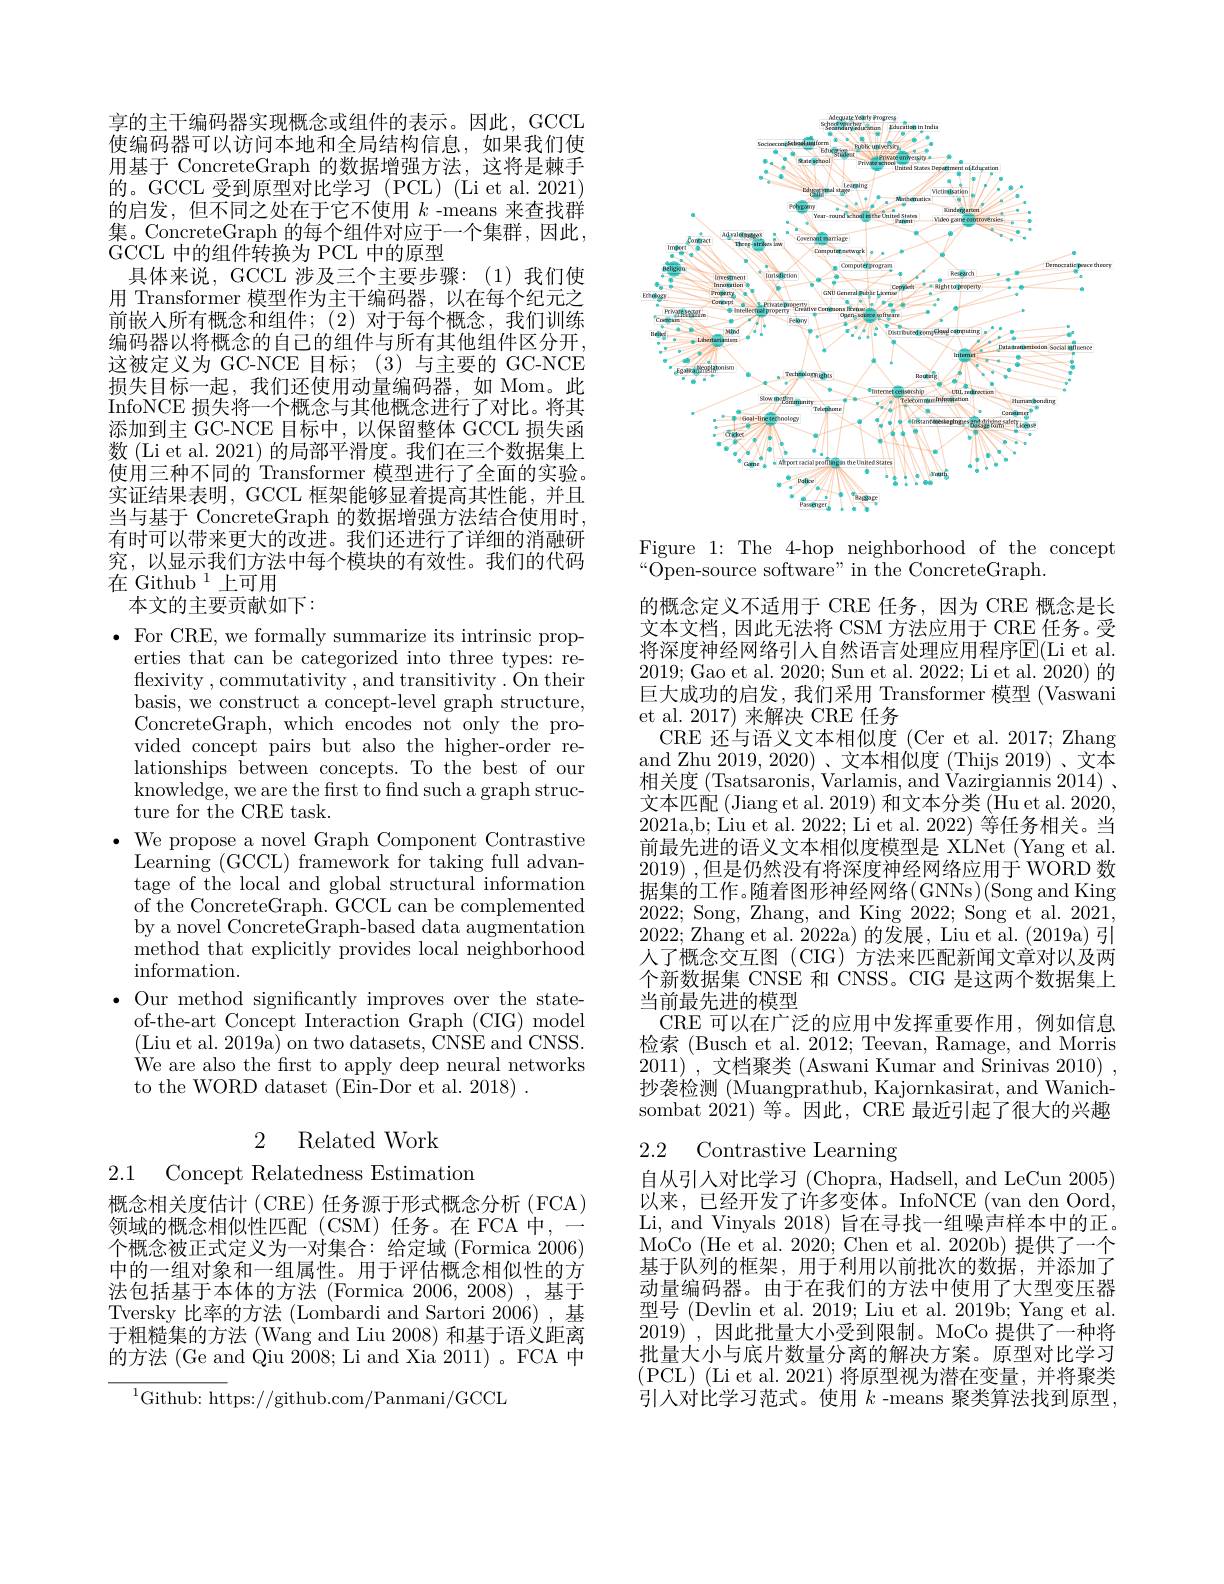
享的主干编码器实现概念或组件的表示。因此，GCCL 使编码器可以访问本地和全局结构信息，如果我们使用基于 ConcreteGraph 的数据增强方法，这将是棘手的。GCCL 受到原型对比学习 (PCL) (Li et al. 2021) 的启发，但不同之处在于它不使用$k$ -means 来查找群集。ConcreteGraph 的每个组件对应于一个集群，因此， GCCL 中的组件转换为 PCL 中的原型
具体来说，GCCL 涉及三个主要步骤：(1)我们使用 Transformer 模型作为主干编码器，以在每个纪元之前嵌入所有概念和组件；(2)对于每个概念，我们训练编码器以将概念的自己的组件与所有其他组件区分开， 这被定义为 GC-NCE 目标；(3)与主要的 GC-NCE 损失目标一起，我们还使用动量编码器，如 Mom。此InfoNCE 损失将一个概念与其他概念进行了对比。将其添加到主 GC-NCE 目标中，以保留整体 GCCL 损失函数(Li et al. 2021) 的局部平滑度。我们在三个数据集上使用三种不同的 Transformer 模型进行了全面的实验。实证结果表明，GCCL 框架能够显着提高其性能，并且当与基于 ConcreteGraph 的数据增强方法结合使用时， 有时可以带来更大的改进。我们还进行了详细的消融研究，以显示我们方法中每个模块的有效性。我们的代码在 Github $^{1}$上可用
本文的主要贡献如下：
$\bullet$ For CRE, we formally summarize its intrinsic prop-
erties that can be categorized into three types: reflexivity ,commutativity ,and transitivity.On their basis, we construct a concept-level graph structure, ConcreteGraph, which encodes not only the provided concept pairs but also the higher-order relationships between concepts. To the best of our knowledge, we are the first to find such a graph structure for the CRE task.
$\bullet$ We propose a novel Graph Component Contrastive Learning (GCCL) framework for taking full advantage of the local and global structural information of the ConcreteGraph. GCCL can be complemented by a novel ConcreteGraph-based data augmentation method that explicitly provides local neighborhood information.
$\bullet$ Our method significantly improves over the state-
of-the-art Concept Interaction Graph (CIG) model (Liu et al. 2019a) on two datasets, CNSE and CNSS. $\dot{W}$e are also the first to apply deep neural networks to the WORD dataset (Ein-Dor et al. 2018) .

2 Related Work

2.1

Concept Relatedness Estimation

概念相关度估计 (CRE) 任务源于形式概念分析 (FCA)
领域的概念相似性匹配(CSM)任务。在FCA 中，
个概念被正式定义为一对集合：给定域 (Formica 2006) 中的一组对象和一组属性。用于评估概念相似性的方法包括基于本体的方法 (Formica 2006, 2008), 基于Tversky 比率的方法 (Lombardi and Sartori 2006),基于粗糙集的方法 (Wang and Liu 2008) 和基于语义距离的方法 (Ge and Qiu $2\bar{0}08;$ Li and Xia 2011)。FCA 中

${^{1}}$Github: https://github.com/Panmani/GCCL

<FigureHere>

Figure 1: The 4-hop neighborhood of the concept
$\bar{\text{\"{O}pen-source software" in the ConcreteGraph.}}$

的概念定义不适用于 CRE 任务，因为 CRE 概念是长文本文档，因此无法将 CSM 方法应用于 CRE 任务。受将深度神经网络引人自然语言处理应用程序E(Li et al. 2019;Gao et al. 2020;Sun et al. 2022; Li et al. 2020)的巨大成功的启发，我们采用 Transformer 模型 (Vaswani et al. 2017) 来解决 CRE 任务
CRE 还与语义文本相似度 (Cer et al.2017; Zhang and Zhu 2019,2020)、文本相似度(Thijs 2019)、文本相关度 (Tsatsaronis, Varlamis, and Vazirgiannis 2014) . 文本匹配(Jiang et al. 2019) 和文本分类 (Hu et al. 2020, 2021a,b; Liu et al. 2022; Li et al. 2022) 等任务相关。当前最先进的语义文本相似度模型是 XLNet (Yang et al. 2019) ,但是仍然没有将深度神经网络应用于 WORD 数据集的工作。随着图形神经网络(GNNs)(Song and King 2022; Song, Zhang, and King 2022; Song et al. 2021, 2022; Zhang et al. 2022a) 的发展，Liu et al. (2019a) 引人了概念交互图(CIG)^{$\prime 方法来匹配新闻文章对以及两$ 个新数据集 CNSE 和 CNSS。CIG 是这两个数据集上当前最先进的模型
CRE 可以在广泛的应用中发挥重要作用，例如信息检索 (Busch et al. 2012; Teevan, Ramage, and Morris 2011) , 文档聚类 (Aswani Kumar and Srinivas 2010) , 抄袭检测 (Muangprathub, Kajornkasirat, and Wanichsombat 2021)等。因此，CRE 最近引起了很大的兴趣

## 2.2 Contrastive Learning

自从引人对比学习 (Chopra, Hadsell, and LeCun 2005) 以来，已经开发了许多变体。InfoNCE (van den Oord, Li, and Vinyals 2018) 旨在寻找一组噪声样本中的正。MoCo (He et al. 2020; Chen et al. 2020b) 提供了一个基于队列的框架，用于利用以前批次的数据，并添加了动量编码器。由于在我们的方法中使用了大型变压器型号 (Devlin et al. 2019; Liu et al. 2019b; Yang et al. 2019) , $因 此 批 量 大 小 受 到 限 制 。MoCo$ 提供了一种将批量大小与底片数量分离的解决方案。原型对比学习(PCL)(Li et al. 2021)将原型视为潜在变量，并将聚类引人对比学习范式。使用$k$ -means 聚类算法找到原型，